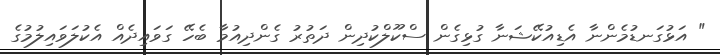
" އަޅުގަނޑުމެންނާ އެޑިއުކޭޝަނާ ގުޅިގެން ސްކޫލްކުދިން ދަތުރު ގެންދިއުމާ ބެހޭ ގަވައިދެއް އެކުލަވައިލުމުގެ